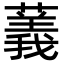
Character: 䕏